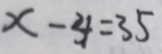
x - 4 = 3 5